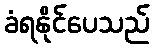
ခံရနိုင်ပေသည်